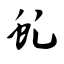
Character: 虬